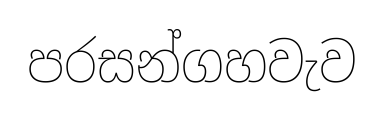
පරසන්ගහවැව